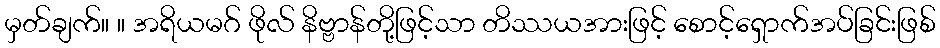
မှတ်ချက်။ ။ အရိယမဂ် ဖိုလ် နိဗ္ဗာန်တို့ဖြင့်သာ တိဿယအားဖြင့် စောင့်ရှောက်အပ်ခြင်းဖြစ်